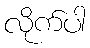
လိုက်ပါ